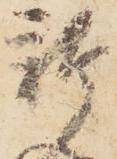
新